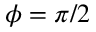
\phi = \pi / 2